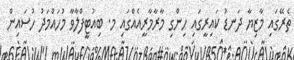
ތެރޭގައި މާޒިޔާ ދަނޑު ކައިރީގައި ހިންގި މާރާމާރީއެއްގައި މ. ބިއުޓީފްލާވާ މުހައްމަދު ހުސައިން